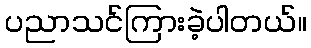
ပညာသင်ကြားခဲ့ပါတယ်။